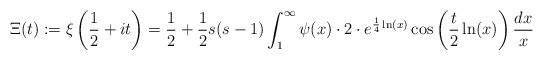
LaTeX: \begin{align*} \Xi(t) := \xi\left(\frac{1}{2}+it\right) = \frac{1}{2}+\frac{1}{2}s(s-1)\int_1^\infty \psi(x) \cdot 2 \cdot e^{\frac{1}{4}\ln(x)}\cos\left(\frac{t}{2}\ln(x)\right)\frac{dx}{x}\end{align*}